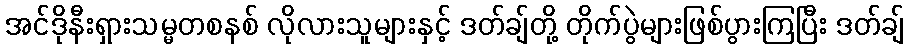
အင်ဒိုနီးရှားသမ္မတစနစ် လိုလားသူများနှင့် ဒတ်ချ်တို့ တိုက်ပွဲများဖြစ်ပွားကြပြီး ဒတ်ချ်